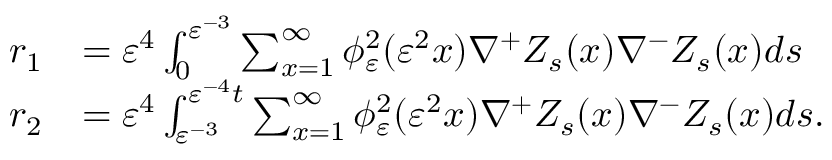
\begin{array} { r l } { r _ { 1 } } & { = \varepsilon ^ { 4 } \int _ { 0 } ^ { \varepsilon ^ { - 3 } } \sum _ { x = 1 } ^ { \infty } \phi _ { \varepsilon } ^ { 2 } ( \varepsilon ^ { 2 } x ) \nabla ^ { + } Z _ { s } ( x ) \nabla ^ { - } Z _ { s } ( x ) d s } \\ { r _ { 2 } } & { = \varepsilon ^ { 4 } \int _ { \varepsilon ^ { - 3 } } ^ { \varepsilon ^ { - 4 } t } \sum _ { x = 1 } ^ { \infty } \phi _ { \varepsilon } ^ { 2 } ( \varepsilon ^ { 2 } x ) \nabla ^ { + } Z _ { s } ( x ) \nabla ^ { - } Z _ { s } ( x ) d s . } \end{array}